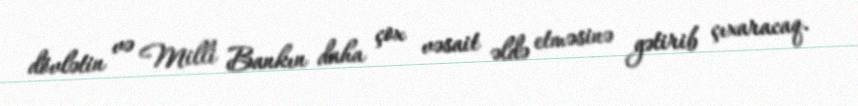
dövlətin və Milli Bankın daha çox vəsait əldə etməsinə gətirib çıxaracaq.